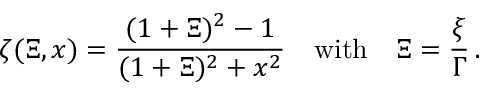
\zeta ( \Xi , x ) = \frac { ( 1 + \Xi ) ^ { 2 } - 1 } { ( 1 + \Xi ) ^ { 2 } + x ^ { 2 } } \quad \mathrm { w i t h } \quad \Xi = \frac { \xi } { \Gamma } \, .